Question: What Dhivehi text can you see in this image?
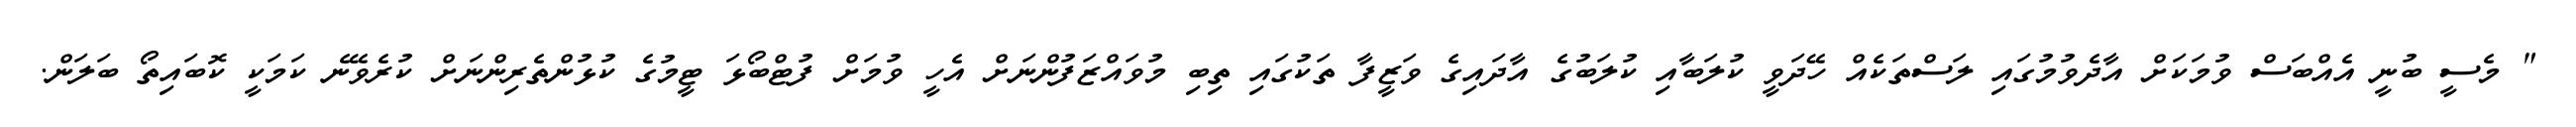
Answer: " މެސީ ބުނީ އެއްބަސް ވުމަކަށް އާދެވުމުގައި ލަސްތަކެއް ހޭދަވީ ކުލަބާއި ކުލަބުގެ އާދައިގެ ވަޒީފާ ތަކުގައި ތިބި މުވައްޒަފުންނަށް އެހީ ވުމަށް ފުޓްބޯޅަ ޓީމުގެ ކުޅުންތެރިންނަށް ކުރެވޭނެ ކަމަކީ ކޮބައިތޯ ބަލަން.